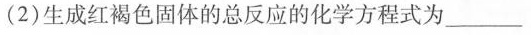
(2)生成红褐色固体的总反应的化学方程式为_______